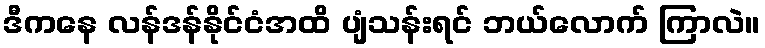
ဒီကနေ လန်ဒန်နိုင်ငံအထိ ပျံသန်းရင် ဘယ်လောက် ကြာလဲ။